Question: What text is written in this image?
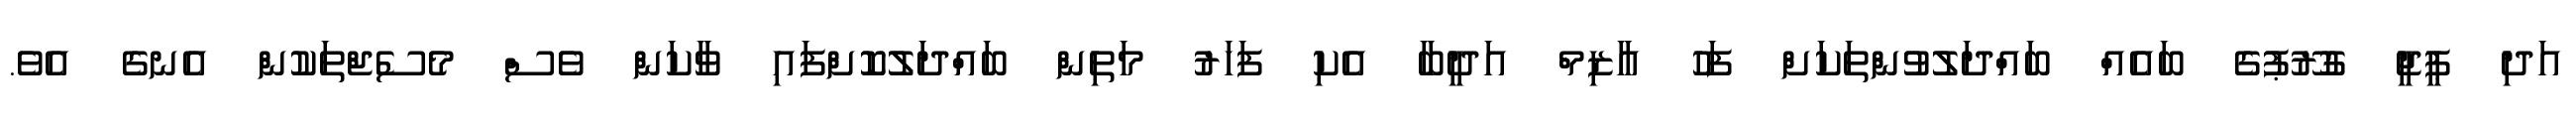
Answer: އަދި ޕީޖީ ގުރޫޕުގެ ބައެއް ބައްދަލުވުންތަކަށް ފަހު އާޒިމް އަދީބާ އެކި ފަހަރު މަތިން ބައްދަލުކޮށްފައި ވާކަން ވެސް މެސެޖްތަކުން އެނގެ އެވެ.